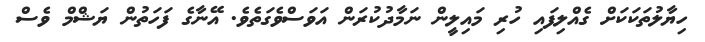
ހިޔާލުތަކަކަށް ގެއްލިފައި ހުރި މައިލީން ނަމާދުކުރަން އަވަސްވެގަތެވެ. އޭނާގެ ފަހަތުން ޔަޝްމް ވެސް